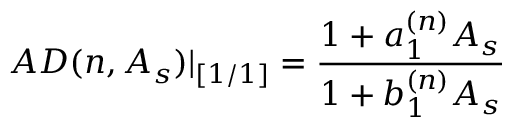
A D ( n , A _ { s } ) | _ { [ 1 / 1 ] } = \frac { 1 + a _ { 1 } ^ { ( n ) } A _ { s } } { 1 + b _ { 1 } ^ { ( n ) } A _ { s } }